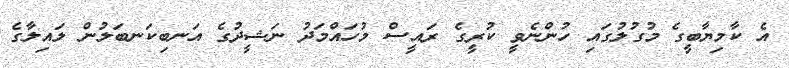
އެ ކާމިޔާބީގެ މުގުލުގައި ހުންނެވީ ކުރީގެ ރައީސް މުހައްމަދު ނަޝީދުގެ އަނބިކަނބަލުން ލައިލާގެ